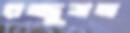
রজ্জুভ্রম